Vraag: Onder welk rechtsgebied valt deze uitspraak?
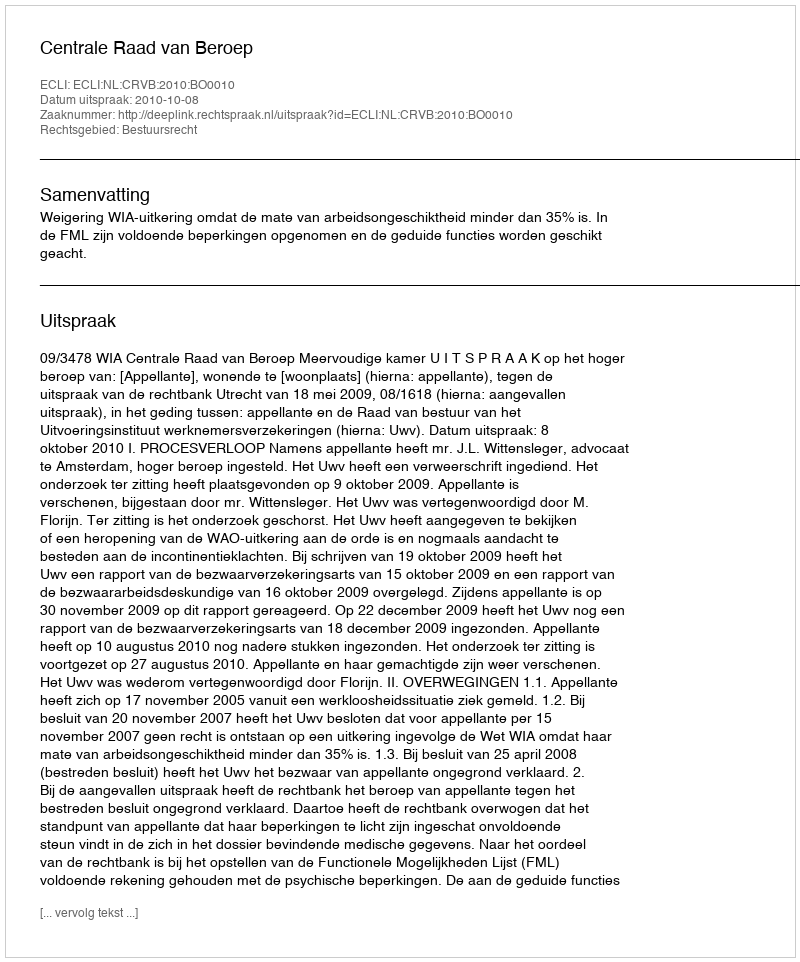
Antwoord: Bestuursrecht